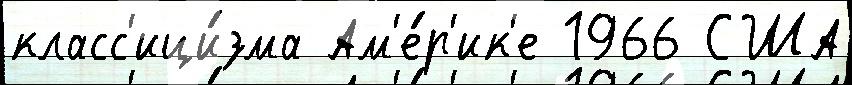
класс'ици́зма Ам'е́р'ик'е 1966 США